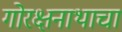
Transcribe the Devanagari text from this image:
गोरक्षनाथाचा